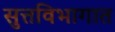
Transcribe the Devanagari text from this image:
सुत्तविभागात